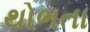
થોભતા